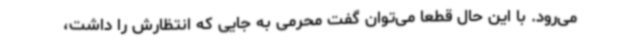
می‌رود. با این حال قطعا می‌توان گفت محرمی به جایی که انتظارش را داشت،